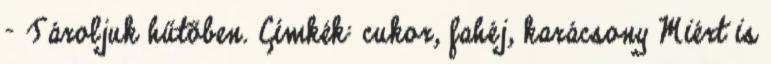
- Tároljuk hűtőben. Címkék: cukor, fahéj, karácsony Miért is